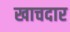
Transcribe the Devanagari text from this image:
खाचदार